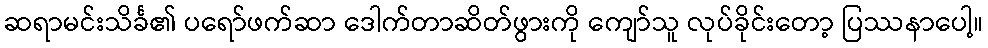
ဆရာမင်းသိင်္ခ၏ ပရော်ဖက်ဆာ ဒေါက်တာဆိတ်ဖွားကို ကျော်သူ လုပ်ခိုင်းတော့ ပြဿနာပေါ့။